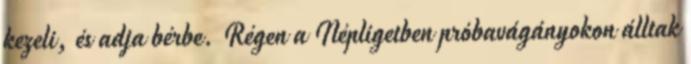
kezeli, és adja bérbe. Régen a Népligetben próbavágányokon álltak